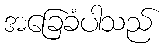
အခြေခံပါသည်